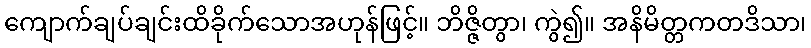
ကျောက်ချပ်ချင်းထိခိုက်သောအဟုန်ဖြင့်။ ဘိဇ္ဇိတွာ၊ ကွဲ၍။ အနိမိတ္တကတဒိသာ၊